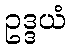
ဥဒ္ဒယံ